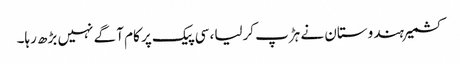
کشمیر ہندوستان نے ہڑپ کرلیا، سی پیک پر کام آگے نہیں بڑھ رہا۔